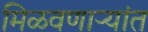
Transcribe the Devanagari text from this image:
मिळवणाऱ्यांत